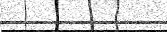
٦٤